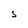
Character: S